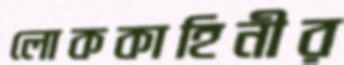
লোককাহিনীর